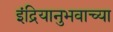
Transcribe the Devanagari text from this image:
इंद्रियानुभवाच्या